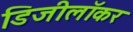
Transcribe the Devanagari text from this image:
डिजीलॉकर